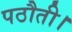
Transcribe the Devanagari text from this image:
पठौती।